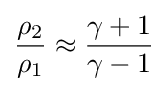
{\frac {\rho _{2}}{\rho _{1}}}\approx {\frac {\gamma +1}{\gamma -1}}